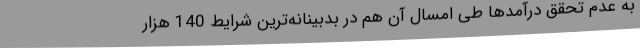
به عدم تحقق درآمدها طی امسال آن هم در بدبینانه‌ترین شرایط 140 هزار